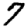
Digit: 7